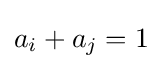
a_{i}+a_{j}=1